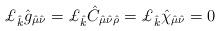
LaTeX: \begin{align*}\pounds_{\hat{k}} \hat{g}_{\hat{\mu}\hat{\nu}} =\pounds_{\hat{k}} \hat{C}_{\hat{\mu}\hat{\nu}\hat{\rho}}=\pounds_{\hat{k}} \hat{\chi}_{\hat{\mu}\hat{\nu}}=0\end{align*}